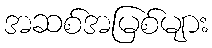
အဆစ်အမြစ်များ